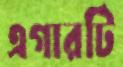
এগারটি